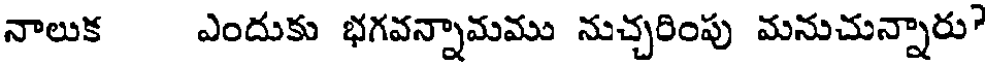
నాలుక ఎందుకు భగవన్నామము నుచ్చరింపు మనుచున్నారు?